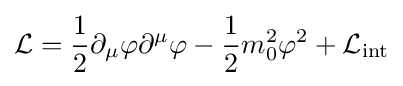
{\mathcal {L}}={\frac {1}{2}}\partial _{\mu }\varphi \partial ^{\mu }\varphi -{\frac {1}{2}}m_{0}^{2}\varphi ^{2}+{\mathcal {L}}_{\mathrm {int} }